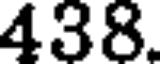
438.